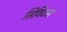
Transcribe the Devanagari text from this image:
सिविटास